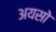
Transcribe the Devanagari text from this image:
अयसो